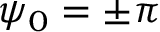
\psi _ { 0 } = \pm \pi